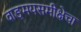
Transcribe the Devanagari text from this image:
वाङ्‌मयसमीक्षेचा